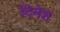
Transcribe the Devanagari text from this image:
दिनेश